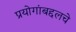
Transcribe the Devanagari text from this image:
प्रयोगांबद्दलचे